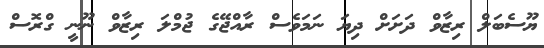
ޔޫސެބަލް ރިޒާވް ދަށަށް ދިޔަ ނަމަވެސް ރާއްޖޭގެ ޖުމްލަ ރިޒާވް ނޫނީ ގްރޮސް